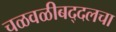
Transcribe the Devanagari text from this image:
चळवळीबद्दलचा